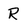
Character: R